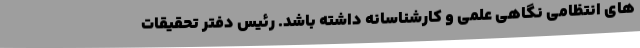
های انتظامی نگاهی علمی و کارشناسانه داشته باشد. رئیس دفتر تحقیقات